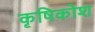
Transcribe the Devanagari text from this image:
कृषिकोश